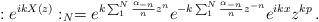
LaTeX: \begin{align*}:e^{ikX(z)}:_{N} = e^{k\sum_{1}^{N}\frac{\alpha_{-n}}{n}z^{n}} e^{-k\sum_{1}^{N}\frac{\alpha_{-n}}{n}z^{-n}}e^{ikx}z^{kp} \, .\end{align*}